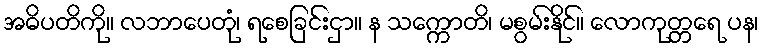
အဓိပတိကို။ လဘာပေတုံ၊ ရစေခြင်းငှာ။ န သက္ကောတိ၊ မစွမ်းနိုင်။ လောကုတ္တရေ ပန၊